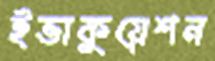
ইভাকুয়েশন